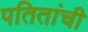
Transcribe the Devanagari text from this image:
पतितांची